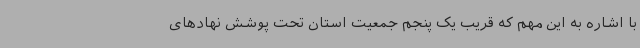
با اشاره به این مهم که قریب یک پنجم جمعیت استان تحت پوشش نهادهای